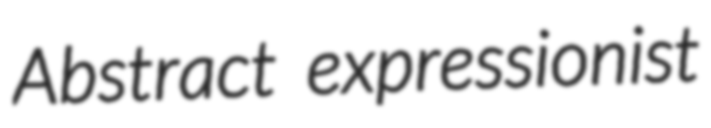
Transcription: Abstract expressionist